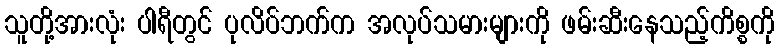
သူတို့အားလုံး ပါရီတွင် ပုလိပ်ဘက်က အလုပ်သမားများကို ဖမ်းဆီးနေသည့်ကိစ္စကို